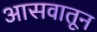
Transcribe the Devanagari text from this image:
आसवातून